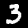
Label: 3